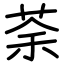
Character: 荼